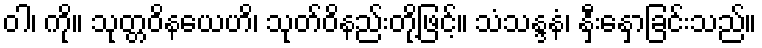
ဝါ၊ ကို။ သုတ္တဝိနယေဟိ၊ သုတ်ဝိနည်းတို့ဖြင့်။ သံသန္ဒနံ၊ နှီးနှောခြင်းသည်။